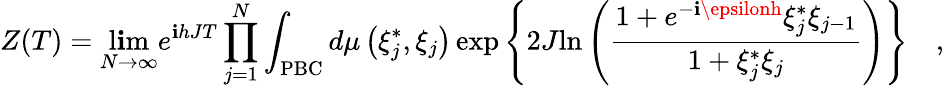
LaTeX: Z(T)=\operatorname*{l\mathbf{i}m}_{N\rightarrow\infty}e^{\mathbf{i}hJT}\prod_{j=1}^{N}\int_{\mathrm{{PBC}}}{{d\mu\left({\xi_{j}^{*},\xi_{j}}\right)}\exp\left\{ {2J{\ln\left({{\frac{{1+e^{-\mathbf{i}\epsilonh}\xi_{j}^{*}\xi_{j-1}}}{{1+\xi_{j}^{*}\xi_{j}}}}}\right)}}\right\} }\quad,